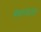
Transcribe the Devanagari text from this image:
मेघनादादि